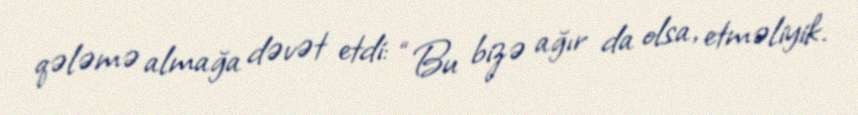
qələmə almağa dəvət etdi: “Bu bizə ağır da olsa, etməliyik.